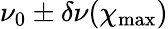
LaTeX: \nu_{0}\pm\delta\nu(\chi_{\mathrm{max}})